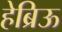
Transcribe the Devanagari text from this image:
हेब्रिऊ